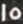
15